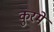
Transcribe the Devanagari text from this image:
कुरमे